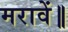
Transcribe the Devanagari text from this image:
मरावें॥